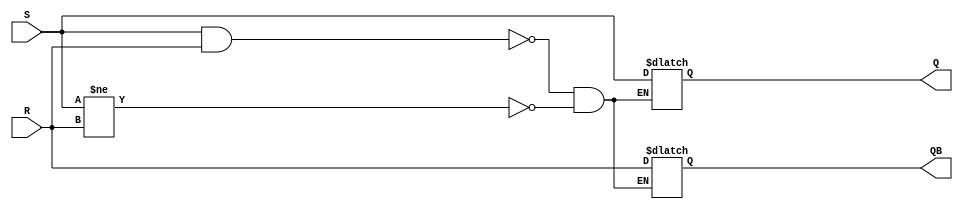
`timescale 1ns / 1ps
//////////////////////////////////////////////////////////////////////////////////
// Company: 
// Engineer: 
// 
// Design Name: 
// Module Name: SR_latch
// Project Name: 
// Target Devices: 
// Tool Versions: 
// Description: 
// 
// Dependencies: 
// 
// Revision:
// Revision 0.01 - File Created
// Additional Comments:
// 
//////////////////////////////////////////////////////////////////////////////////


module SR_latch(Q,QB,S,R);
input S,R;
output reg Q,QB;
initial begin
    Q = 0; QB = 1;
    end
always @ (S,R)
begin
    if(S!=R)  begin
        Q = S; QB = R;
    end
    if(S==1 && R==1) begin
        Q = 1'bZ; QB = 1'bZ;
    end
    if(S==0 && R==0) begin
        Q = Q; QB = QB;
    end
end
endmodule